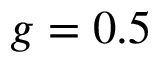
g = 0 . 5